[Report on the health of British troops in the Madras command]
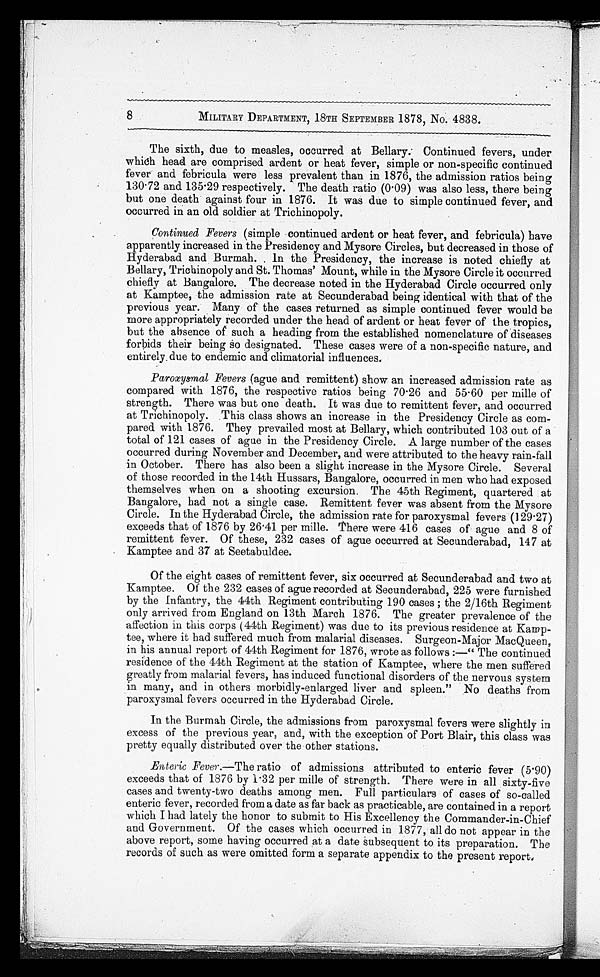
8
MILITARY DEPARTMENT, 18TH SEPTEMBER 1878, No. 4838.
The sixth, due to measles, occurred at Bellary. Continued fevers, under
which head are comprised ardent or heat fever, simple or non-specific continued
fever and febricula were less prevalent than in 1876, the admission ratios being
130.72 and 135.29 respectively. The death ratio (0.09) was also less, there being
but one death against four in 1876. It was due to simple continued fever, and
occurred in an old soldier at Trichinopoly.
Continued Fevers (simple continued ardent or heat fever, and febricula) have
apparently increased in the Presidency and Mysore Circles, but decreased in those of
Hyderabad and Burmah. In the Presidency, the increase is noted chiefly at
Bellary, Trichinopoly and St. Thomas' Mount, while in the Mysore Circle it occurred
chiefly at Bangalore. The decrease noted in the Hyderabad Circle occurred only
at Kamptee, the admission rate at Secunderabad being identical with that of the
previous year. Many of the cases returned as simple continued fever would be
more appropriately recorded under the head of ardent or heat fever of the tropics,
but the absence of such a heading from the established nomenclature of diseases
forbids their being so designated. These cases were of a non-specific nature, and
entirely due to endemic and climatorial influences.
Paroxysmal Fevers (ague and remittent) show an increased admission rate as
compared with 1876, the respective ratios being 70.26 and 55.60 per mille of
strength. There was but one death. It was due to remittent fever, and occurred
at Trichinopoly. This class shows an increase in the Presidency Circle as com
-pared with 1876. They prevailed most at Bellary, which contributed 103 out of a
total of 121 cases of ague in the Presidency Circle. A large number of the cases
occurred during November and December, and were attributed to the heavy rain-fall
in October. There has also been a slight increase in the Mysore Circle. Several
of those recorded in the 14th Hussars, Bangalore, occurred in men who had exposed
themselves when on a shooting excursion. The 45th Regiment, quartered at
Bangalore, had not a single case. Remittent fever was absent from the Mysore
Circle. In the Hyderabad Circle, the admission rate for paroxysmal fevers (129.27)
exceeds that of 1876 by 26.41 per mille. There were 416 cases of ague and 8 of
remittent fever. Of these, 232 cases of ague occurred at Secunderabad, 147 at
Kamptee and 37 at Seetabuldee.
Of the eight cases of remittent fever, six occurred at Secunderabad and two at
Kamptee. Of the 232 cases of ague recorded at Secunderabad, 225 were furnished
by the Infantry, the 44th Regiment contributing 190 cases ; the 2/16th Regiment
only arrived from England on 13th March 1876. The greater prevalence of the
affection in this corps (44th Regiment) was due to its previous residence at Kamp
-tee, where it had suffered much from malarial diseases. Surgeon-Major MacQueen,
in his annual report of 44th Regiment for 1876, wrote as follows :—"The continued
residence of the 44th Regiment at the station of Kamptee, where the men suffered
greatly from malarial fevers, has induced functional disorders of the nervous system
in many, and in others morbidly-enlarged liver and spleen." No deaths from
paroxysmal fevers occurred in the Hyderabad Circle.
In the Burmah Circle, the admissions from paroxysmal fevers were slightly in
excess of the previous year, and, with the exception of Port Blair, this class was
pretty equally distributed over the other stations.
Enteric Fever .—The ratio of admissions attributed to enteric fever (5.90)
exceeds that of 1876 by 1.32 per mille of strength. There were in all sixty-five
cases and twenty-two deaths among men. Full particulars of cases of so-called
enteric fever, recorded from a date as far back as practicable, are contained in a report
which I had lately the honor to submit to His Excellency the Commander-in-Chief
and Government. Of the cases which occurred in 1877, all do not appear in the
above report, some having occurred at a date subsequent to its preparation. The
records of such as were omitted form a separate appendix to the present report.